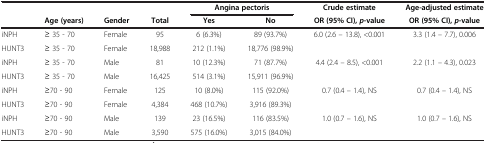
|  |  |  |  | <COLSPAN=2> Angina pectoris | Crude estimate | Age-adjusted estimate |
 |  | Age (years) | Gender | Total | Yes | No | OR (95% CI), p-value | OR (95% CI), p-value |
 | --- | --- | --- | --- | --- | --- | --- | --- |
 | iNPH | ≥ 35 - 70 | Female | 95 | 6 (6.3%) | 89 (93.7%) | 6.0 (2.6 – 13.8), <0.001 | 3.3 (1.4 – 7.7), 0.006 |
 | HUNT3 | ≥ 35 - 70 | Female | 18,988 | 212 (1.1%) | 18,776 (98.9%) |  |  |
 | iNPH | ≥ 35 - 70 | Male | 81 | 10 (12.3%) | 71 (87.7%) | 4.4 (2.4 – 8.5), <0.001 | 2.2 (1.1 – 4.3), 0.023 |
 | HUNT3 | ≥ 35 - 70 | Male | 16,425 | 514 (3.1%) | 15,911 (96.9%) |  |  |
 | iNPH | ≥70 - 90 | Female | 125 | 10 (8.0%) | 115 (92.0%) | 0.7 (0.4 – 1.4), NS | 0.7 (0.4 – 1.4), NS |
 | HUNT3 | ≥70 - 90 | Female | 4,384 | 468 (10.7%) | 3,916 (89.3%) |  |  |
 | iNPH | ≥70 - 90 | Male | 139 | 23 (16.5%) | 116 (83.5%) | 1.0 (0.7 – 1.6), NS | 1.0 (0.7 – 1.6), NS |
 | HUNT3 | ≥70 - 90 | Male | 3,590 | 575 (16.0%) | 3,015 (84.0%) |  |  |